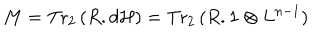
LaTeX: M = \mathrm { T r } _ { 2 } \, ( R . d { \cal H } ) = \mathrm { T r } _ { 2 } \, ( R . { \bf 1 } \otimes L ^ { n - 1 } )